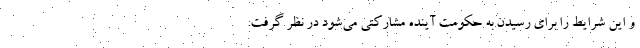
و این شرایط را برای رسیدن به حکومت آینده مشارکتی می‌شود در نظر گرفت.